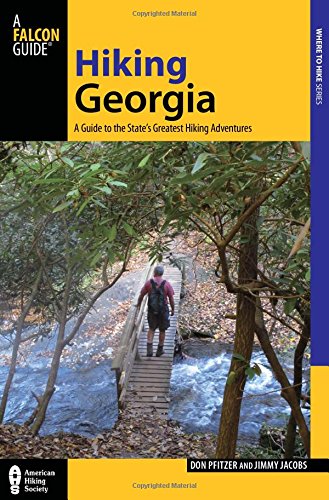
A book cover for Hiking Georgia: A Guide to the State's Greatest Hiking Adventures (State Hiking Guides Series); Donald Pfitzer; Sports & Outdoors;